Civil Veterinary Department Bihar & Orissa reports 1929-36 - 1929-1936
Year: 1929
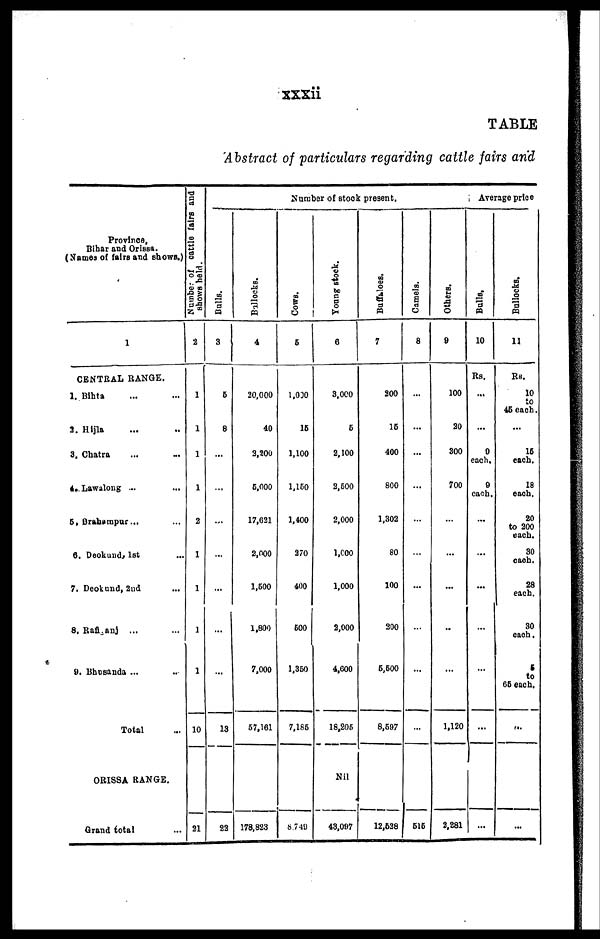
xxxii
TABLE
Abstract of particulars regarding cattle fairs and
Province,
Bihar and Orissa.
(Names of fairs and shows.)
1
CENTRAL RANGE.
1. Bihta ... ...
3. Hijla ... ...
3. Chatra ... ...
4. Lawalong ... ...
5. Drahampur ... ...
6. Deokund, 1st ...
7. Deokund, 2nd ...
8. Rafiganj ... ...
9. Bhosanda ... ...
Total ...
ORISSA RANGE.
Grand total ...
Number
of cattle fairs and
shows held.
2
1
1
1
2
1
1
1
1
10
21
Number of stock present.
Balls.
3
6
8
...
...
...
...
...
...
13
22
Ballocks.
4
20,000
40
3,200
6.000
17,621
2,000
1,600
1,800
7,000
57,161
178,823
COWS.
6
1,030
16
1,100
1,150
1,400
370
400
600
1,360
7,156
8,740
Young stock.
0
3,000
6
2,100
3,500
2,000
1,000
1,000
2,000
4,600
18,206
Nil
43,097
Buffaloes.
7
200
16
400
800
1,302
80
100
200
6,600
8,697
12,538
Camels.
8
...
...
...
...
...
...
...
...
...
...
616
Others.
9
100
20
300
700
...
...
...
...
...
1,120
2,281
Average price
Balls,
10
Rs.
...
...
0
each.
9
each.
...
...
...
...
...
...
...
Bullocks.
11
Rs.
10
46 each.
...
16
each.
18
each.
20
each.
80
each.
28
each.
30
each.
5
to
65 each.
...
...